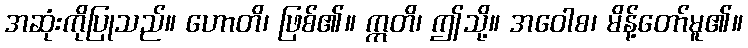
အဆုံးကိုပြုသည်။ ဟောတိ၊ ဖြစ်၏။ ဣတိ၊ ဤသို့။ အဝေါစ၊ မိန့်တော်မူ၏။